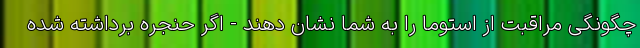
چگونگی مراقبت از استوما را به شما نشان دهند - اگر حنجره برداشته شده